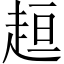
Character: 𧻚